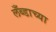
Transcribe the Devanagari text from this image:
लँब्डाच्या